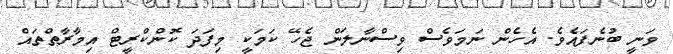
ވަނީ ބުނެފައެވެ. އެހެން ނަމަވެސް ވިސްނާލަން ޖެހޭ ކަމަކީ މިފަދަ ކޮންކްރީޓް އިމާރާތްތައް